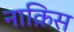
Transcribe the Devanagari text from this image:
नाक़िस